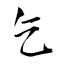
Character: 乞